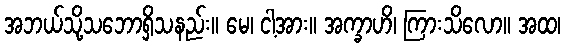
အဘယ်သို့သဘောရှိသနည်း။ မေ၊ ငါ့အား။ အက္ခာဟိ၊ ကြားသိလော။ အထ၊